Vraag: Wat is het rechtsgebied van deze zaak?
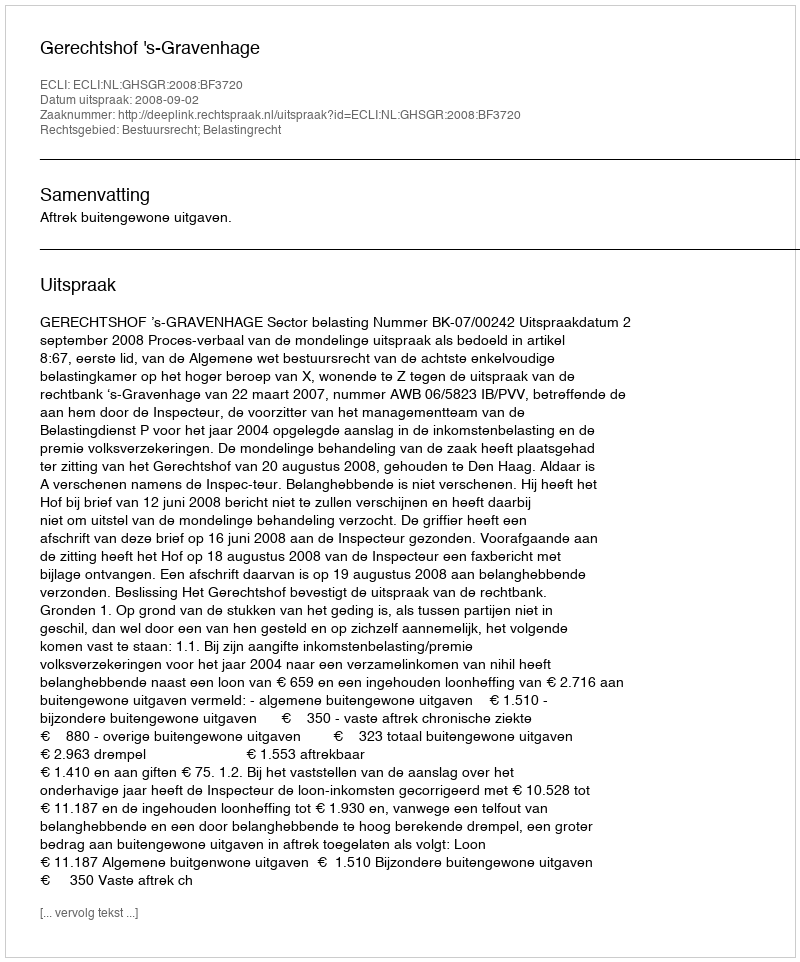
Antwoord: Bestuursrecht; Belastingrecht